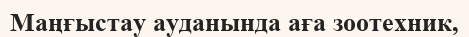
Маңғыстау ауданында аға зоотехник,